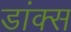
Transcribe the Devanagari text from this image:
डांक्स